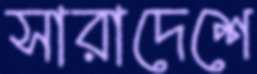
সারাদেশে